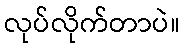
လုပ်လိုက်တာပဲ။